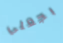
بجعلي